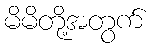
မိမိတို့အတွက်